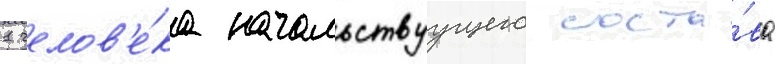
1 челов'е́ка начальствуущего соста́ва